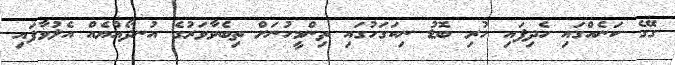
ގޭގެ ކަނެއްގައި ހެދިފައި ހުރި ބޮޑު ނިކަގަހުގައި ތިންމީހުނަށް ތިބެވާވަރުގެ އުނދޯއްޔެއް އެލުވާފައި